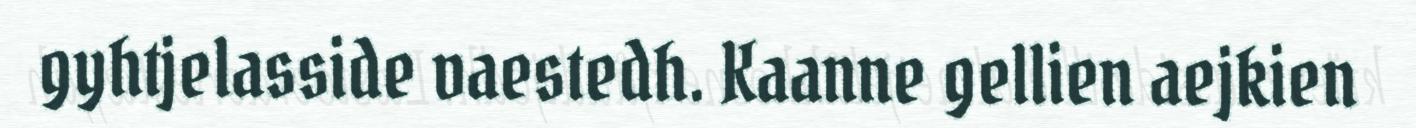
gyhtjelasside vaestedh. Kaanne gellien aejkien